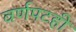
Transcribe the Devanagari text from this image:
वर्णपटही